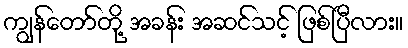
ကျွန်တော်တို့ အခန်း အဆင်သင့် ဖြစ်ပြီလား။